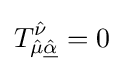
T_{{\hat {\mu }}{\hat {\underline {\alpha }}}}^{\hat {\nu }}=0